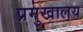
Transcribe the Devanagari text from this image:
प्रमुखालय